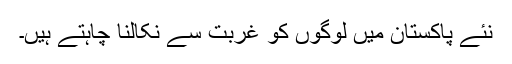
نئے پاکستان میں لوگوں کو غربت سے نکالنا چاہتے ہیں۔